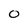
Character: 0